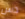
دس